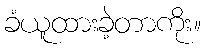
ခံယူထားခဲ့တာကိုး။